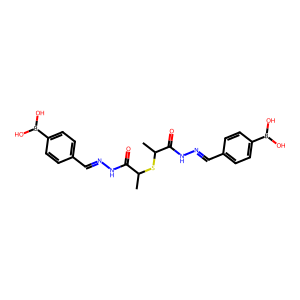
SMILES: CC(SC(C)C(=O)NN=Cc1ccc(B(O)O)cc1)C(=O)NN=Cc1ccc(B(O)O)cc1
Inhibits HIV replication: No